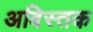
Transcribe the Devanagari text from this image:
अविस्तक